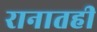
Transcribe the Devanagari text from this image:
रानातही